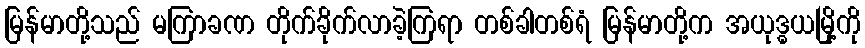
မြန်မာတို့သည် မကြာခဏ တိုက်ခိုက်လာခဲ့ကြရာ တစ်ခါတစ်ရံ မြန်မာတို့က အယုဒ္ဓယမြို့ကို